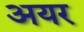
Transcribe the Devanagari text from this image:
अयर